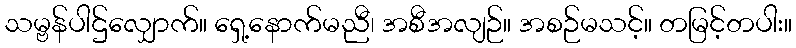
သမ္ဗန်ပါဌ်လျှောက်။ ရှေ့နောက်မညီ၊ အစီအလျဉ်။ အစဉ်မသင့်။ တမြင့်တပါး။